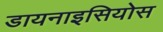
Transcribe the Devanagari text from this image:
डायनाइसियोस